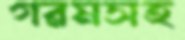
গরমসহ